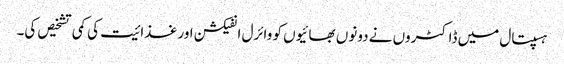
ہسپتال میں ڈاکٹروں نے دونوں بھائیوں کو وائرل انفیکشن اور غذا ئیت کی کمی تشخیص کی۔